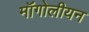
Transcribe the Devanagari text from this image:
मॉंगोलीयन